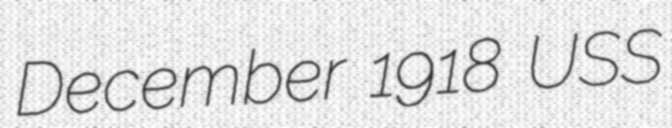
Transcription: December 1918 USS